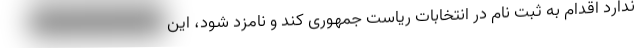
ندارد اقدام به ثبت نام در انتخابات ریاست جمهوری کند و نامزد شود، این